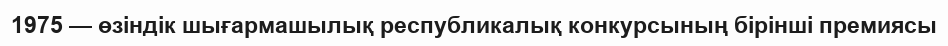
1975 — өзіндік шығармашылық республикалық конкурсының бірінші премиясы